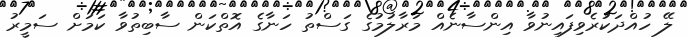
ލޭ ހުއްދަކުރެވިފައިނުވާ އިންސާނެއް މަރާލުމުގެ ގަސްތު ހަނާގެ އޮތްކަން ސާބިތުވާ ކަމަށް ސަމީރު